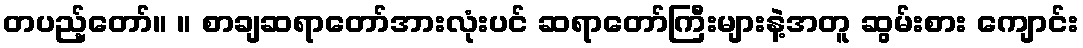
တပည့်တော်။ ။ စာချဆရာတော်အားလုံးပင် ဆရာတော်ကြီးများနဲ့အတူ ဆွမ်းစား ကျောင်း